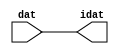

//------> /package/eda/mg/Catapult_10.3d/Mgc_home/pkgs/siflibs/ccs_in_v1.v 
//------------------------------------------------------------------------------
// Catapult Synthesis - Sample I/O Port Library
//
// Copyright (c) 2003-2017 Mentor Graphics Corp.
//       All Rights Reserved
//
// This document may be used and distributed without restriction provided that
// this copyright statement is not removed from the file and that any derivative
// work contains this copyright notice.
//
// The design information contained in this file is intended to be an example
// of the functionality which the end user may study in preparation for creating
// their own custom interfaces. This design does not necessarily present a 
// complete implementation of the named protocol or standard.
//
//------------------------------------------------------------------------------


module ccs_in_v1 (idat, dat);

  parameter integer rscid = 1;
  parameter integer width = 8;

  output [width-1:0] idat;
  input  [width-1:0] dat;

  wire   [width-1:0] idat;

  assign idat = dat;

endmodule


//------> /package/eda/mg/Catapult_10.3d/Mgc_home/pkgs/siflibs/ccs_out_v1.v 
//------------------------------------------------------------------------------
// Catapult Synthesis - Sample I/O Port Library
//
// Copyright (c) 2003-2015 Mentor Graphics Corp.
//       All Rights Reserved
//
// This document may be used and distributed without restriction provided that
// this copyright statement is not removed from the file and that any derivative
// work contains this copyright notice.
//
// The design information contained in this file is intended to be an example
// of the functionality which the end user may study in preparation for creating
// their own custom interfaces. This design does not necessarily present a 
// complete implementation of the named protocol or standard.
//
//------------------------------------------------------------------------------

module ccs_out_v1 (dat, idat);

  parameter integer rscid = 1;
  parameter integer width = 8;

  output   [width-1:0] dat;
  input    [width-1:0] idat;

  wire     [width-1:0] dat;

  assign dat = idat;

endmodule




//------> /package/eda/mg/Catapult_10.3d/Mgc_home/pkgs/siflibs/mgc_io_sync_v2.v 
//------------------------------------------------------------------------------
// Catapult Synthesis - Sample I/O Port Library
//
// Copyright (c) 2003-2017 Mentor Graphics Corp.
//       All Rights Reserved
//
// This document may be used and distributed without restriction provided that
// this copyright statement is not removed from the file and that any derivative
// work contains this copyright notice.
//
// The design information contained in this file is intended to be an example
// of the functionality which the end user may study in preparation for creating
// their own custom interfaces. This design does not necessarily present a 
// complete implementation of the named protocol or standard.
//
//------------------------------------------------------------------------------


module mgc_io_sync_v2 (ld, lz);
    parameter valid = 0;

    input  ld;
    output lz;

    wire   lz;

    assign lz = ld;

endmodule


//------> ./rtl.v 
// ----------------------------------------------------------------------
//  HLS HDL:        Verilog Netlister
//  HLS Version:    10.3d/815731 Production Release
//  HLS Date:       Wed Apr 24 14:54:19 PDT 2019
// 
//  Generated by:   695r48@cparch23.ecn.purdue.edu
//  Generated date: Tue Nov  9 15:15:36 2021
// ----------------------------------------------------------------------

// 
// ------------------------------------------------------------------
//  Design Unit:    fir_Altera_DIST_DIST_1R1W_RBW_rport_1_16_5_32_32_16_gen
// ------------------------------------------------------------------


module fir_Altera_DIST_DIST_1R1W_RBW_rport_1_16_5_32_32_16_gen (
  q, radr, radr_d, q_d, rport_r_ram_ir_internal_RMASK_B_d
);
  input [15:0] q;
  output [4:0] radr;
  input [4:0] radr_d;
  output [15:0] q_d;
  input rport_r_ram_ir_internal_RMASK_B_d;



  // Interconnect Declarations for Component Instantiations 
  assign q_d = q;
  assign radr = (radr_d);
endmodule

// ------------------------------------------------------------------
//  Design Unit:    fir_core_core_fsm
//  FSM Module
// ------------------------------------------------------------------


module fir_core_core_fsm (
  clk, rst, fsm_output, MAC_C_12_tr0
);
  input clk;
  input rst;
  output [14:0] fsm_output;
  reg [14:0] fsm_output;
  input MAC_C_12_tr0;


  // FSM State Type Declaration for fir_core_core_fsm_1
  parameter
    main_C_0 = 4'd0,
    MAC_C_0 = 4'd1,
    MAC_C_1 = 4'd2,
    MAC_C_2 = 4'd3,
    MAC_C_3 = 4'd4,
    MAC_C_4 = 4'd5,
    MAC_C_5 = 4'd6,
    MAC_C_6 = 4'd7,
    MAC_C_7 = 4'd8,
    MAC_C_8 = 4'd9,
    MAC_C_9 = 4'd10,
    MAC_C_10 = 4'd11,
    MAC_C_11 = 4'd12,
    MAC_C_12 = 4'd13,
    main_C_1 = 4'd14;

  reg [3:0] state_var;
  reg [3:0] state_var_NS;


  // Interconnect Declarations for Component Instantiations 
  always @(*)
  begin : fir_core_core_fsm_1
    case (state_var)
      MAC_C_0 : begin
        fsm_output = 15'b000000000000010;
        state_var_NS = MAC_C_1;
      end
      MAC_C_1 : begin
        fsm_output = 15'b000000000000100;
        state_var_NS = MAC_C_2;
      end
      MAC_C_2 : begin
        fsm_output = 15'b000000000001000;
        state_var_NS = MAC_C_3;
      end
      MAC_C_3 : begin
        fsm_output = 15'b000000000010000;
        state_var_NS = MAC_C_4;
      end
      MAC_C_4 : begin
        fsm_output = 15'b000000000100000;
        state_var_NS = MAC_C_5;
      end
      MAC_C_5 : begin
        fsm_output = 15'b000000001000000;
        state_var_NS = MAC_C_6;
      end
      MAC_C_6 : begin
        fsm_output = 15'b000000010000000;
        state_var_NS = MAC_C_7;
      end
      MAC_C_7 : begin
        fsm_output = 15'b000000100000000;
        state_var_NS = MAC_C_8;
      end
      MAC_C_8 : begin
        fsm_output = 15'b000001000000000;
        state_var_NS = MAC_C_9;
      end
      MAC_C_9 : begin
        fsm_output = 15'b000010000000000;
        state_var_NS = MAC_C_10;
      end
      MAC_C_10 : begin
        fsm_output = 15'b000100000000000;
        state_var_NS = MAC_C_11;
      end
      MAC_C_11 : begin
        fsm_output = 15'b001000000000000;
        state_var_NS = MAC_C_12;
      end
      MAC_C_12 : begin
        fsm_output = 15'b010000000000000;
        if ( MAC_C_12_tr0 ) begin
          state_var_NS = main_C_1;
        end
        else begin
          state_var_NS = MAC_C_0;
        end
      end
      main_C_1 : begin
        fsm_output = 15'b100000000000000;
        state_var_NS = main_C_0;
      end
      // main_C_0
      default : begin
        fsm_output = 15'b000000000000001;
        state_var_NS = MAC_C_0;
      end
    endcase
  end

  always @(posedge clk) begin
    if ( rst ) begin
      state_var <= main_C_0;
    end
    else begin
      state_var <= state_var_NS;
    end
  end

endmodule

// ------------------------------------------------------------------
//  Design Unit:    fir_core
// ------------------------------------------------------------------


module fir_core (
  clk, rst, coeffs_rsc_triosy_lz, in1_rsc_dat, in1_rsc_triosy_lz, out1_rsc_dat, out1_rsc_triosy_lz,
      coeffs_rsci_radr_d, coeffs_rsci_q_d, coeffs_rsci_rport_r_ram_ir_internal_RMASK_B_d
);
  input clk;
  input rst;
  output coeffs_rsc_triosy_lz;
  input [15:0] in1_rsc_dat;
  output in1_rsc_triosy_lz;
  output [15:0] out1_rsc_dat;
  output out1_rsc_triosy_lz;
  output [4:0] coeffs_rsci_radr_d;
  input [15:0] coeffs_rsci_q_d;
  output coeffs_rsci_rport_r_ram_ir_internal_RMASK_B_d;


  // Interconnect Declarations
  wire [15:0] in1_rsci_idat;
  reg [15:0] out1_rsci_idat;
  wire [14:0] fsm_output;
  wire [5:0] MAC_10_acc_2_tmp;
  wire [6:0] nl_MAC_10_acc_2_tmp;
  wire and_dcpl_5;
  wire and_dcpl_13;
  reg [5:0] MAC_i_5_0_sva;
  wire acc_or_cse;
  reg reg_out1_rsc_triosy_obj_ld_cse;
  wire reg_out1_out1_and_cse;
  reg [4:0] MAC_11_acc_2_itm;
  reg MAC_i_4_0_sva_1;
  reg MAC_i_4_0_sva_0;
  reg [4:0] MAC_3_acc_2_psp_sva;
  reg [4:0] MAC_6_acc_2_psp_sva;
  reg [4:0] MAC_5_acc_2_psp_sva;
  reg [4:0] MAC_4_acc_2_psp_sva;
  reg [4:0] MAC_8_acc_2_psp_sva;
  reg [4:0] MAC_7_acc_2_psp_sva;
  wire [29:0] z_out;
  wire [30:0] nl_z_out;
  wire [4:0] z_out_1;
  wire [5:0] nl_z_out_1;
  wire [4:0] z_out_2;
  wire [5:0] nl_z_out_2;
  wire [4:0] z_out_3;
  wire [5:0] nl_z_out_3;
  wire [15:0] z_out_4;
  wire [15:0] z_out_5;
  wire [29:0] z_out_6;
  wire signed [31:0] nl_z_out_6;
  wire [29:0] z_out_8;
  wire signed [31:0] nl_z_out_8;
  wire [29:0] z_out_9;
  wire signed [31:0] nl_z_out_9;
  wire [29:0] z_out_10;
  wire signed [31:0] nl_z_out_10;
  reg [15:0] regs_15_sva;
  reg [15:0] regs_16_sva;
  reg [15:0] regs_14_sva;
  reg [15:0] regs_17_sva;
  reg [15:0] regs_13_sva;
  reg [15:0] regs_18_sva;
  reg [15:0] regs_12_sva;
  reg [15:0] regs_19_sva;
  reg [15:0] regs_11_sva;
  reg [15:0] regs_20_sva;
  reg [15:0] regs_10_sva;
  reg [15:0] regs_21_sva;
  reg [15:0] regs_9_sva;
  reg [15:0] regs_22_sva;
  reg [15:0] regs_8_sva;
  reg [15:0] regs_23_sva;
  reg [15:0] regs_7_sva;
  reg [15:0] regs_24_sva;
  reg [15:0] regs_6_sva;
  reg [15:0] regs_25_sva;
  reg [15:0] regs_5_sva;
  reg [15:0] regs_26_sva;
  reg [15:0] regs_4_sva;
  reg [15:0] regs_27_sva;
  reg [15:0] regs_3_sva;
  reg [15:0] regs_28_sva;
  reg [15:0] regs_2_sva;
  reg [15:0] regs_29_sva;
  reg [15:0] regs_1_sva;
  reg [15:0] regs_30_sva;
  reg [15:0] regs_0_sva;
  reg [29:0] acc_32_3_1_sva;
  reg [15:0] regs_30_sva_1;
  reg [15:0] regs_29_sva_1;
  reg [15:0] regs_28_sva_1;
  reg [15:0] regs_27_sva_1;
  reg [15:0] regs_26_sva_1;
  reg [15:0] regs_25_sva_1;
  reg [15:0] regs_24_sva_1;
  reg [15:0] regs_23_sva_1;
  reg [15:0] regs_22_sva_1;
  reg [15:0] regs_21_sva_1;
  reg [15:0] regs_20_sva_1;
  reg [15:0] regs_19_sva_1;
  reg [15:0] regs_18_sva_1;
  reg [15:0] regs_17_sva_1;
  reg [15:0] regs_16_sva_1;
  reg [15:0] regs_15_sva_1;
  reg [15:0] regs_14_sva_1;
  reg [15:0] regs_13_sva_1;
  reg [15:0] regs_12_sva_1;
  reg [15:0] regs_11_sva_1;
  reg [15:0] regs_10_sva_1;
  reg [15:0] regs_9_sva_1;
  reg [15:0] regs_8_sva_1;
  reg [15:0] regs_7_sva_1;
  reg [15:0] regs_6_sva_1;
  reg [15:0] regs_5_sva_1;
  reg [15:0] regs_4_sva_1;
  reg [15:0] regs_3_sva_1;
  reg [15:0] regs_2_sva_1;
  reg [15:0] regs_1_sva_1;
  reg [15:0] regs_0_sva_1;
  reg [15:0] MAC_mux_itm;
  reg [15:0] MAC_mux_1_itm;
  reg [29:0] MAC_acc_4_itm;
  reg [15:0] MAC_mux_2_itm;
  reg [15:0] MAC_mux_3_itm;
  reg [15:0] MAC_mux_4_itm;
  reg [15:0] MAC_mux_5_itm;
  reg [29:0] MAC_10_mul_itm;
  reg [15:0] MAC_mux_6_itm;
  reg [29:0] MAC_1_mul_itm;
  reg [29:0] MAC_3_mul_itm;
  reg [15:0] MAC_mux_9_itm;
  reg [29:0] MAC_acc_9_itm;
  wire [30:0] nl_MAC_acc_9_itm;
  reg [15:0] MAC_mux_10_itm;
  wire [4:0] MAC_3_acc_2_psp_sva_mx0w0;
  wire [5:0] nl_MAC_3_acc_2_psp_sva_mx0w0;
  wire [4:0] MAC_11_acc_2_itm_1;
  wire [5:0] nl_MAC_11_acc_2_itm_1;
  wire [4:0] MAC_7_acc_2_psp_sva_mx0w0;
  wire [5:0] nl_MAC_7_acc_2_psp_sva_mx0w0;
  wire [29:0] MAC_acc_12;
  wire [30:0] nl_MAC_acc_12;
  wire [4:0] MAC_MAC_mux_rgt;
  reg [1:0] MAC_9_acc_2_psp_sva_4_3;
  reg [2:0] MAC_9_acc_2_psp_sva_2_0;

  wire[29:0] MAC_11_acc_1_nl;
  wire[30:0] nl_MAC_11_acc_1_nl;
  wire[2:0] MAC_i_MAC_i_and_nl;
  wire[0:0] or_nl;
  wire[0:0] or_164_nl;
  wire[0:0] MAC_and_3_nl;
  wire[0:0] MAC_and_4_nl;
  wire[0:0] MAC_and_5_nl;
  wire[0:0] MAC_and_6_nl;
  wire[0:0] MAC_and_7_nl;
  wire[0:0] MAC_and_8_nl;
  wire[0:0] MAC_and_nl;
  wire[0:0] MAC_and_1_nl;
  wire[0:0] MAC_and_2_nl;
  wire[0:0] MAC_and_9_nl;
  wire[0:0] MAC_and_10_nl;
  wire[0:0] MAC_and_11_nl;
  wire[29:0] mul_1_nl;
  wire signed [31:0] nl_mul_1_nl;
  wire[0:0] MAC_or_7_nl;
  wire[29:0] MAC_acc_10_nl;
  wire[30:0] nl_MAC_acc_10_nl;
  wire[29:0] MAC_acc_nl;
  wire[30:0] nl_MAC_acc_nl;
  wire[29:0] MAC_acc_8_nl;
  wire[30:0] nl_MAC_acc_8_nl;
  wire[29:0] MAC_mux_39_nl;
  wire[4:0] MAC_mux_40_nl;
  wire[4:0] MAC_mux1h_23_nl;
  wire[15:0] MAC_mux_41_nl;
  wire[15:0] MAC_mux_42_nl;
  wire[15:0] MAC_mux_43_nl;
  wire[15:0] MAC_mux_44_nl;
  wire[0:0] or_241_nl;
  wire[4:0] MAC_mux1h_24_nl;
  wire[4:0] MAC_mux1h_25_nl;

  // Interconnect Declarations for Component Instantiations 
  wire [0:0] nl_fir_core_core_fsm_inst_MAC_C_12_tr0;
  assign nl_fir_core_core_fsm_inst_MAC_C_12_tr0 = MAC_i_5_0_sva[5];
  ccs_in_v1 #(.rscid(32'sd2),
  .width(32'sd16)) in1_rsci (
      .dat(in1_rsc_dat),
      .idat(in1_rsci_idat)
    );
  ccs_out_v1 #(.rscid(32'sd3),
  .width(32'sd16)) out1_rsci (
      .idat(out1_rsci_idat),
      .dat(out1_rsc_dat)
    );
  mgc_io_sync_v2 #(.valid(32'sd0)) coeffs_rsc_triosy_obj (
      .ld(reg_out1_rsc_triosy_obj_ld_cse),
      .lz(coeffs_rsc_triosy_lz)
    );
  mgc_io_sync_v2 #(.valid(32'sd0)) in1_rsc_triosy_obj (
      .ld(reg_out1_rsc_triosy_obj_ld_cse),
      .lz(in1_rsc_triosy_lz)
    );
  mgc_io_sync_v2 #(.valid(32'sd0)) out1_rsc_triosy_obj (
      .ld(reg_out1_rsc_triosy_obj_ld_cse),
      .lz(out1_rsc_triosy_lz)
    );
  fir_core_core_fsm fir_core_core_fsm_inst (
      .clk(clk),
      .rst(rst),
      .fsm_output(fsm_output),
      .MAC_C_12_tr0(nl_fir_core_core_fsm_inst_MAC_C_12_tr0[0:0])
    );
  assign reg_out1_out1_and_cse = (fsm_output[13]) & (MAC_i_5_0_sva[5]);
  assign acc_or_cse = (fsm_output[0]) | (fsm_output[13]);
  assign or_nl = (fsm_output[2]) | (fsm_output[1]) | (fsm_output[13]);
  assign MAC_i_MAC_i_and_nl = MUX_v_3_2_2(3'b000, (MAC_11_acc_2_itm[4:2]), (or_nl));
  assign or_164_nl = (fsm_output[0]) | (fsm_output[2]) | (fsm_output[1]) | (fsm_output[13]);
  assign MAC_MAC_mux_rgt = MUX_v_5_2_2(z_out_3, ({2'b00 , (MAC_i_MAC_i_and_nl)}),
      or_164_nl);
  assign nl_MAC_3_acc_2_psp_sva_mx0w0 = z_out_2 + 5'b00001;
  assign MAC_3_acc_2_psp_sva_mx0w0 = nl_MAC_3_acc_2_psp_sva_mx0w0[4:0];
  assign nl_MAC_11_acc_2_itm_1 = (MAC_10_acc_2_tmp[4:0]) + 5'b00001;
  assign MAC_11_acc_2_itm_1 = nl_MAC_11_acc_2_itm_1[4:0];
  assign nl_MAC_7_acc_2_psp_sva_mx0w0 = z_out_2 + 5'b00001;
  assign MAC_7_acc_2_psp_sva_mx0w0 = nl_MAC_7_acc_2_psp_sva_mx0w0[4:0];
  assign nl_MAC_10_acc_2_tmp = conv_u2s_5_6(z_out_3) + 6'b000001;
  assign MAC_10_acc_2_tmp = nl_MAC_10_acc_2_tmp[5:0];
  assign nl_MAC_acc_12 = MAC_3_mul_itm + MAC_10_mul_itm;
  assign MAC_acc_12 = nl_MAC_acc_12[29:0];
  assign and_dcpl_5 = ~((fsm_output[14]) | (fsm_output[0]));
  assign and_dcpl_13 = ~((fsm_output[1]) | (fsm_output[3]) | (fsm_output[13]));
  assign coeffs_rsci_radr_d = MUX1HOT_v_5_11_2(z_out_2, MAC_11_acc_2_itm, ({MAC_9_acc_2_psp_sva_2_0
      , MAC_i_4_0_sva_1 , MAC_i_4_0_sva_0}), MAC_3_acc_2_psp_sva, MAC_6_acc_2_psp_sva,
      MAC_5_acc_2_psp_sva, MAC_4_acc_2_psp_sva, ({MAC_9_acc_2_psp_sva_4_3 , MAC_9_acc_2_psp_sva_2_0}),
      MAC_8_acc_2_psp_sva, MAC_7_acc_2_psp_sva, (MAC_i_5_0_sva[4:0]), {(fsm_output[1])
      , (fsm_output[2]) , (fsm_output[3]) , (fsm_output[4]) , (fsm_output[5]) , (fsm_output[6])
      , (fsm_output[7]) , (fsm_output[8]) , (fsm_output[9]) , (fsm_output[10]) ,
      (fsm_output[11])});
  assign coeffs_rsci_rport_r_ram_ir_internal_RMASK_B_d = and_dcpl_5 & (fsm_output[13:12]==2'b00);
  always @(posedge clk) begin
    if ( rst ) begin
      out1_rsci_idat <= 16'b0000000000000000;
      regs_8_sva <= 16'b0000000000000000;
      regs_19_sva <= 16'b0000000000000000;
      regs_30_sva <= 16'b0000000000000000;
      regs_7_sva <= 16'b0000000000000000;
      regs_18_sva <= 16'b0000000000000000;
      regs_29_sva <= 16'b0000000000000000;
      regs_6_sva <= 16'b0000000000000000;
      regs_17_sva <= 16'b0000000000000000;
      regs_28_sva <= 16'b0000000000000000;
      regs_5_sva <= 16'b0000000000000000;
      regs_16_sva <= 16'b0000000000000000;
      regs_27_sva <= 16'b0000000000000000;
      regs_4_sva <= 16'b0000000000000000;
      regs_15_sva <= 16'b0000000000000000;
      regs_26_sva <= 16'b0000000000000000;
      regs_3_sva <= 16'b0000000000000000;
      regs_14_sva <= 16'b0000000000000000;
      regs_25_sva <= 16'b0000000000000000;
      regs_2_sva <= 16'b0000000000000000;
      regs_13_sva <= 16'b0000000000000000;
      regs_24_sva <= 16'b0000000000000000;
      regs_1_sva <= 16'b0000000000000000;
      regs_12_sva <= 16'b0000000000000000;
      regs_23_sva <= 16'b0000000000000000;
      regs_0_sva <= 16'b0000000000000000;
      regs_11_sva <= 16'b0000000000000000;
      regs_22_sva <= 16'b0000000000000000;
      regs_10_sva <= 16'b0000000000000000;
      regs_21_sva <= 16'b0000000000000000;
      regs_20_sva <= 16'b0000000000000000;
      regs_9_sva <= 16'b0000000000000000;
    end
    else if ( reg_out1_out1_and_cse ) begin
      out1_rsci_idat <= z_out[29:14];
      regs_8_sva <= regs_8_sva_1;
      regs_19_sva <= regs_19_sva_1;
      regs_30_sva <= regs_30_sva_1;
      regs_7_sva <= regs_7_sva_1;
      regs_18_sva <= regs_18_sva_1;
      regs_29_sva <= regs_29_sva_1;
      regs_6_sva <= regs_6_sva_1;
      regs_17_sva <= regs_17_sva_1;
      regs_28_sva <= regs_28_sva_1;
      regs_5_sva <= regs_5_sva_1;
      regs_16_sva <= regs_16_sva_1;
      regs_27_sva <= regs_27_sva_1;
      regs_4_sva <= regs_4_sva_1;
      regs_15_sva <= regs_15_sva_1;
      regs_26_sva <= regs_26_sva_1;
      regs_3_sva <= regs_3_sva_1;
      regs_14_sva <= regs_14_sva_1;
      regs_25_sva <= regs_25_sva_1;
      regs_2_sva <= regs_2_sva_1;
      regs_13_sva <= regs_13_sva_1;
      regs_24_sva <= regs_24_sva_1;
      regs_1_sva <= regs_1_sva_1;
      regs_12_sva <= regs_12_sva_1;
      regs_23_sva <= regs_23_sva_1;
      regs_0_sva <= regs_0_sva_1;
      regs_11_sva <= regs_11_sva_1;
      regs_22_sva <= regs_22_sva_1;
      regs_10_sva <= regs_10_sva_1;
      regs_21_sva <= regs_21_sva_1;
      regs_20_sva <= regs_20_sva_1;
      regs_9_sva <= regs_9_sva_1;
    end
  end
  always @(posedge clk) begin
    if ( rst ) begin
      acc_32_3_1_sva <= 30'b000000000000000000000000000000;
      MAC_i_4_0_sva_1 <= 1'b0;
      MAC_i_4_0_sva_0 <= 1'b0;
    end
    else if ( acc_or_cse ) begin
      acc_32_3_1_sva <= MUX_v_30_2_2(30'b000000000000000000000000000000, (MAC_11_acc_1_nl),
          (fsm_output[13]));
      MAC_i_4_0_sva_1 <= fsm_output[13];
      MAC_i_4_0_sva_0 <= (MAC_11_acc_2_itm[0]) & (fsm_output[13]);
    end
  end
  always @(posedge clk) begin
    if ( rst ) begin
      regs_0_sva_1 <= 16'b0000000000000000;
    end
    else if ( ~ and_dcpl_5 ) begin
      regs_0_sva_1 <= in1_rsci_idat;
    end
  end
  always @(posedge clk) begin
    if ( rst ) begin
      reg_out1_rsc_triosy_obj_ld_cse <= 1'b0;
      MAC_1_mul_itm <= 30'b000000000000000000000000000000;
    end
    else begin
      reg_out1_rsc_triosy_obj_ld_cse <= reg_out1_out1_and_cse;
      MAC_1_mul_itm <= MUX1HOT_v_30_6_2(z_out_10, z_out, z_out_9, z_out_8, (MAC_acc_10_nl),
          (MAC_acc_nl), {(fsm_output[4]) , (fsm_output[5]) , (fsm_output[8]) , (fsm_output[10])
          , (fsm_output[11]) , (fsm_output[12])});
    end
  end
  always @(posedge clk) begin
    if ( rst ) begin
      regs_30_sva_1 <= 16'b0000000000000000;
    end
    else if ( ~ and_dcpl_5 ) begin
      regs_30_sva_1 <= regs_29_sva;
    end
  end
  always @(posedge clk) begin
    if ( rst ) begin
      regs_29_sva_1 <= 16'b0000000000000000;
    end
    else if ( ~ and_dcpl_5 ) begin
      regs_29_sva_1 <= regs_28_sva;
    end
  end
  always @(posedge clk) begin
    if ( rst ) begin
      regs_28_sva_1 <= 16'b0000000000000000;
    end
    else if ( ~ and_dcpl_5 ) begin
      regs_28_sva_1 <= regs_27_sva;
    end
  end
  always @(posedge clk) begin
    if ( rst ) begin
      regs_27_sva_1 <= 16'b0000000000000000;
    end
    else if ( ~ and_dcpl_5 ) begin
      regs_27_sva_1 <= regs_26_sva;
    end
  end
  always @(posedge clk) begin
    if ( rst ) begin
      regs_26_sva_1 <= 16'b0000000000000000;
    end
    else if ( ~ and_dcpl_5 ) begin
      regs_26_sva_1 <= regs_25_sva;
    end
  end
  always @(posedge clk) begin
    if ( rst ) begin
      regs_25_sva_1 <= 16'b0000000000000000;
    end
    else if ( ~ and_dcpl_5 ) begin
      regs_25_sva_1 <= regs_24_sva;
    end
  end
  always @(posedge clk) begin
    if ( rst ) begin
      regs_24_sva_1 <= 16'b0000000000000000;
    end
    else if ( ~ and_dcpl_5 ) begin
      regs_24_sva_1 <= regs_23_sva;
    end
  end
  always @(posedge clk) begin
    if ( rst ) begin
      regs_23_sva_1 <= 16'b0000000000000000;
    end
    else if ( ~ and_dcpl_5 ) begin
      regs_23_sva_1 <= regs_22_sva;
    end
  end
  always @(posedge clk) begin
    if ( rst ) begin
      regs_22_sva_1 <= 16'b0000000000000000;
    end
    else if ( ~ and_dcpl_5 ) begin
      regs_22_sva_1 <= regs_21_sva;
    end
  end
  always @(posedge clk) begin
    if ( rst ) begin
      regs_21_sva_1 <= 16'b0000000000000000;
    end
    else if ( ~ and_dcpl_5 ) begin
      regs_21_sva_1 <= regs_20_sva;
    end
  end
  always @(posedge clk) begin
    if ( rst ) begin
      regs_20_sva_1 <= 16'b0000000000000000;
    end
    else if ( ~ and_dcpl_5 ) begin
      regs_20_sva_1 <= regs_19_sva;
    end
  end
  always @(posedge clk) begin
    if ( rst ) begin
      regs_19_sva_1 <= 16'b0000000000000000;
    end
    else if ( ~ and_dcpl_5 ) begin
      regs_19_sva_1 <= regs_18_sva;
    end
  end
  always @(posedge clk) begin
    if ( rst ) begin
      regs_18_sva_1 <= 16'b0000000000000000;
    end
    else if ( ~ and_dcpl_5 ) begin
      regs_18_sva_1 <= regs_17_sva;
    end
  end
  always @(posedge clk) begin
    if ( rst ) begin
      regs_17_sva_1 <= 16'b0000000000000000;
    end
    else if ( ~ and_dcpl_5 ) begin
      regs_17_sva_1 <= regs_16_sva;
    end
  end
  always @(posedge clk) begin
    if ( rst ) begin
      regs_16_sva_1 <= 16'b0000000000000000;
    end
    else if ( ~ and_dcpl_5 ) begin
      regs_16_sva_1 <= regs_15_sva;
    end
  end
  always @(posedge clk) begin
    if ( rst ) begin
      regs_15_sva_1 <= 16'b0000000000000000;
    end
    else if ( ~ and_dcpl_5 ) begin
      regs_15_sva_1 <= regs_14_sva;
    end
  end
  always @(posedge clk) begin
    if ( rst ) begin
      regs_14_sva_1 <= 16'b0000000000000000;
    end
    else if ( ~ and_dcpl_5 ) begin
      regs_14_sva_1 <= regs_13_sva;
    end
  end
  always @(posedge clk) begin
    if ( rst ) begin
      regs_13_sva_1 <= 16'b0000000000000000;
    end
    else if ( ~ and_dcpl_5 ) begin
      regs_13_sva_1 <= regs_12_sva;
    end
  end
  always @(posedge clk) begin
    if ( rst ) begin
      regs_12_sva_1 <= 16'b0000000000000000;
    end
    else if ( ~ and_dcpl_5 ) begin
      regs_12_sva_1 <= regs_11_sva;
    end
  end
  always @(posedge clk) begin
    if ( rst ) begin
      regs_11_sva_1 <= 16'b0000000000000000;
    end
    else if ( ~ and_dcpl_5 ) begin
      regs_11_sva_1 <= regs_10_sva;
    end
  end
  always @(posedge clk) begin
    if ( rst ) begin
      regs_10_sva_1 <= 16'b0000000000000000;
    end
    else if ( ~ and_dcpl_5 ) begin
      regs_10_sva_1 <= regs_9_sva;
    end
  end
  always @(posedge clk) begin
    if ( rst ) begin
      regs_9_sva_1 <= 16'b0000000000000000;
    end
    else if ( ~ and_dcpl_5 ) begin
      regs_9_sva_1 <= regs_8_sva;
    end
  end
  always @(posedge clk) begin
    if ( rst ) begin
      regs_8_sva_1 <= 16'b0000000000000000;
    end
    else if ( ~ and_dcpl_5 ) begin
      regs_8_sva_1 <= regs_7_sva;
    end
  end
  always @(posedge clk) begin
    if ( rst ) begin
      regs_7_sva_1 <= 16'b0000000000000000;
    end
    else if ( ~ and_dcpl_5 ) begin
      regs_7_sva_1 <= regs_6_sva;
    end
  end
  always @(posedge clk) begin
    if ( rst ) begin
      regs_6_sva_1 <= 16'b0000000000000000;
    end
    else if ( ~ and_dcpl_5 ) begin
      regs_6_sva_1 <= regs_5_sva;
    end
  end
  always @(posedge clk) begin
    if ( rst ) begin
      regs_5_sva_1 <= 16'b0000000000000000;
    end
    else if ( ~ and_dcpl_5 ) begin
      regs_5_sva_1 <= regs_4_sva;
    end
  end
  always @(posedge clk) begin
    if ( rst ) begin
      regs_4_sva_1 <= 16'b0000000000000000;
    end
    else if ( ~ and_dcpl_5 ) begin
      regs_4_sva_1 <= regs_3_sva;
    end
  end
  always @(posedge clk) begin
    if ( rst ) begin
      regs_3_sva_1 <= 16'b0000000000000000;
    end
    else if ( ~ and_dcpl_5 ) begin
      regs_3_sva_1 <= regs_2_sva;
    end
  end
  always @(posedge clk) begin
    if ( rst ) begin
      regs_2_sva_1 <= 16'b0000000000000000;
    end
    else if ( ~ and_dcpl_5 ) begin
      regs_2_sva_1 <= regs_1_sva;
    end
  end
  always @(posedge clk) begin
    if ( rst ) begin
      regs_1_sva_1 <= 16'b0000000000000000;
    end
    else if ( ~ and_dcpl_5 ) begin
      regs_1_sva_1 <= regs_0_sva;
    end
  end
  always @(posedge clk) begin
    if ( rst ) begin
      MAC_9_acc_2_psp_sva_4_3 <= 2'b00;
    end
    else if ( (fsm_output[1]) | (fsm_output[2]) | (fsm_output[13]) | (fsm_output[0])
        | (fsm_output[3]) ) begin
      MAC_9_acc_2_psp_sva_4_3 <= MAC_MAC_mux_rgt[4:3];
    end
  end
  always @(posedge clk) begin
    if ( rst ) begin
      MAC_9_acc_2_psp_sva_2_0 <= 3'b000;
    end
    else if ( (fsm_output[0]) | (fsm_output[3]) | (fsm_output[13]) ) begin
      MAC_9_acc_2_psp_sva_2_0 <= MAC_MAC_mux_rgt[2:0];
    end
  end
  always @(posedge clk) begin
    if ( rst ) begin
      MAC_4_acc_2_psp_sva <= 5'b00000;
    end
    else if ( fsm_output[1] ) begin
      MAC_4_acc_2_psp_sva <= z_out_1;
    end
  end
  always @(posedge clk) begin
    if ( rst ) begin
      MAC_mux_9_itm <= 16'b0000000000000000;
    end
    else if ( fsm_output[1] ) begin
      MAC_mux_9_itm <= z_out_4;
    end
  end
  always @(posedge clk) begin
    if ( rst ) begin
      MAC_3_acc_2_psp_sva <= 5'b00000;
    end
    else if ( fsm_output[1] ) begin
      MAC_3_acc_2_psp_sva <= MAC_3_acc_2_psp_sva_mx0w0;
    end
  end
  always @(posedge clk) begin
    if ( rst ) begin
      MAC_mux_6_itm <= 16'b0000000000000000;
    end
    else if ( fsm_output[1] ) begin
      MAC_mux_6_itm <= z_out_5;
    end
  end
  always @(posedge clk) begin
    if ( rst ) begin
      MAC_11_acc_2_itm <= 5'b00000;
    end
    else if ( ~(and_dcpl_5 & (~ (fsm_output[2])) & and_dcpl_13) ) begin
      MAC_11_acc_2_itm <= MUX_v_5_2_2(z_out_3, ({(MAC_11_acc_2_itm_1[4:2]) , 1'b1
          , (MAC_11_acc_2_itm_1[0])}), fsm_output[3]);
    end
  end
  always @(posedge clk) begin
    if ( rst ) begin
      MAC_mux_1_itm <= 16'b0000000000000000;
    end
    else if ( (fsm_output[2:1]!=2'b00) ) begin
      MAC_mux_1_itm <= MUX1HOT_v_16_6_2(regs_1_sva, regs_12_sva, regs_23_sva, regs_4_sva,
          regs_15_sva, regs_26_sva, {(MAC_and_3_nl) , (MAC_and_4_nl) , (MAC_and_5_nl)
          , (MAC_and_6_nl) , (MAC_and_7_nl) , (MAC_and_8_nl)});
    end
  end
  always @(posedge clk) begin
    if ( rst ) begin
      MAC_mux_10_itm <= 16'b0000000000000000;
    end
    else if ( ~(and_dcpl_5 & (~ (fsm_output[12])) & and_dcpl_13) ) begin
      MAC_mux_10_itm <= MUX1HOT_v_16_6_2(regs_0_sva, regs_11_sva, regs_22_sva, regs_15_sva,
          regs_20_sva, regs_9_sva, {(MAC_and_nl) , (MAC_and_1_nl) , (MAC_and_2_nl)
          , (MAC_and_9_nl) , (MAC_and_10_nl) , (MAC_and_11_nl)});
    end
  end
  always @(posedge clk) begin
    if ( rst ) begin
      MAC_mux_3_itm <= 16'b0000000000000000;
    end
    else if ( fsm_output[2] ) begin
      MAC_mux_3_itm <= z_out_4;
    end
  end
  always @(posedge clk) begin
    if ( rst ) begin
      MAC_7_acc_2_psp_sva <= 5'b00000;
    end
    else if ( fsm_output[2] ) begin
      MAC_7_acc_2_psp_sva <= MAC_7_acc_2_psp_sva_mx0w0;
    end
  end
  always @(posedge clk) begin
    if ( rst ) begin
      MAC_8_acc_2_psp_sva <= 5'b00000;
    end
    else if ( fsm_output[2] ) begin
      MAC_8_acc_2_psp_sva <= z_out_1;
    end
  end
  always @(posedge clk) begin
    if ( rst ) begin
      MAC_mux_itm <= 16'b0000000000000000;
    end
    else if ( fsm_output[2] ) begin
      MAC_mux_itm <= MUX_v_16_27_2x0x1x2x3x5x6x7x8x9x10x11x12x13x14x16x17x18x19x20x21x22x23x24x25(regs_3_sva,
          regs_14_sva, regs_25_sva, MAC_4_acc_2_psp_sva);
    end
  end
  always @(posedge clk) begin
    if ( rst ) begin
      MAC_3_mul_itm <= 30'b000000000000000000000000000000;
    end
    else if ( (fsm_output[6]) | (fsm_output[2]) ) begin
      MAC_3_mul_itm <= MUX_v_30_2_2(z_out_10, z_out_6, fsm_output[6]);
    end
  end
  always @(posedge clk) begin
    if ( rst ) begin
      MAC_mux_2_itm <= 16'b0000000000000000;
    end
    else if ( fsm_output[2] ) begin
      MAC_mux_2_itm <= z_out_5;
    end
  end
  always @(posedge clk) begin
    if ( rst ) begin
      MAC_5_acc_2_psp_sva <= 5'b00000;
    end
    else if ( fsm_output[2] ) begin
      MAC_5_acc_2_psp_sva <= z_out_3;
    end
  end
  always @(posedge clk) begin
    if ( rst ) begin
      MAC_6_acc_2_psp_sva <= 5'b00000;
    end
    else if ( fsm_output[2] ) begin
      MAC_6_acc_2_psp_sva <= z_out_2;
    end
  end
  always @(posedge clk) begin
    if ( rst ) begin
      MAC_i_5_0_sva <= 6'b000000;
    end
    else if ( fsm_output[3] ) begin
      MAC_i_5_0_sva <= MAC_10_acc_2_tmp;
    end
  end
  always @(posedge clk) begin
    if ( rst ) begin
      MAC_mux_4_itm <= 16'b0000000000000000;
    end
    else if ( fsm_output[3] ) begin
      MAC_mux_4_itm <= z_out_4;
    end
  end
  always @(posedge clk) begin
    if ( rst ) begin
      MAC_mux_5_itm <= 16'b0000000000000000;
    end
    else if ( fsm_output[3] ) begin
      MAC_mux_5_itm <= z_out_5;
    end
  end
  always @(posedge clk) begin
    if ( rst ) begin
      MAC_10_mul_itm <= 30'b000000000000000000000000000000;
    end
    else if ( (fsm_output[5]) | (fsm_output[7]) | (fsm_output[9]) | (fsm_output[11])
        | (fsm_output[12]) | (fsm_output[3]) ) begin
      MAC_10_mul_itm <= MUX1HOT_v_30_5_2((mul_1_nl), z_out_6, z_out_10, z_out_8,
          z_out_9, {(MAC_or_7_nl) , (fsm_output[5]) , (fsm_output[7]) , (fsm_output[9])
          , (fsm_output[11])});
    end
  end
  always @(posedge clk) begin
    if ( rst ) begin
      MAC_acc_9_itm <= 30'b000000000000000000000000000000;
    end
    else if ( fsm_output[6] ) begin
      MAC_acc_9_itm <= nl_MAC_acc_9_itm[29:0];
    end
  end
  always @(posedge clk) begin
    if ( rst ) begin
      MAC_acc_4_itm <= 30'b000000000000000000000000000000;
    end
    else if ( fsm_output[9] ) begin
      MAC_acc_4_itm <= z_out;
    end
  end
  assign nl_MAC_11_acc_1_nl = z_out + MAC_10_mul_itm;
  assign MAC_11_acc_1_nl = nl_MAC_11_acc_1_nl[29:0];
  assign nl_MAC_acc_10_nl = z_out + acc_32_3_1_sva;
  assign MAC_acc_10_nl = nl_MAC_acc_10_nl[29:0];
  assign nl_MAC_acc_8_nl = MAC_acc_4_itm + MAC_acc_12;
  assign MAC_acc_8_nl = nl_MAC_acc_8_nl[29:0];
  assign nl_MAC_acc_nl = (MAC_acc_8_nl) + MAC_1_mul_itm;
  assign MAC_acc_nl = nl_MAC_acc_nl[29:0];
  assign MAC_and_3_nl = (z_out_2==5'b00010) & (~ (fsm_output[2]));
  assign MAC_and_4_nl = (z_out_2==5'b01101) & (~ (fsm_output[2]));
  assign MAC_and_5_nl = (z_out_2==5'b11000) & (~ (fsm_output[2]));
  assign MAC_and_6_nl = (z_out_3==5'b00101) & (fsm_output[2]);
  assign MAC_and_7_nl = (z_out_3==5'b10000) & (fsm_output[2]);
  assign MAC_and_8_nl = (z_out_3==5'b11011) & (fsm_output[2]);
  assign MAC_and_nl = (z_out_3==5'b00001) & (fsm_output[1]);
  assign MAC_and_1_nl = (z_out_3==5'b01100) & (fsm_output[1]);
  assign MAC_and_2_nl = (z_out_3==5'b10111) & (fsm_output[1]);
  assign MAC_and_9_nl = (MAC_10_acc_2_tmp[3:0]==4'b0000) & (fsm_output[3]);
  assign MAC_and_10_nl = (MAC_10_acc_2_tmp[3:0]==4'b0101) & (fsm_output[3]);
  assign MAC_and_11_nl = (MAC_10_acc_2_tmp[3:0]==4'b1010) & (fsm_output[3]);
  assign nl_mul_1_nl = $signed(MAC_mux_10_itm) * $signed((coeffs_rsci_q_d));
  assign mul_1_nl = nl_mul_1_nl[29:0];
  assign MAC_or_7_nl = (fsm_output[3]) | (fsm_output[12]);
  assign nl_MAC_acc_9_itm  = MAC_1_mul_itm + MAC_acc_12;
  assign MAC_mux_39_nl = MUX_v_30_2_2(MAC_10_mul_itm, MAC_acc_9_itm, fsm_output[13]);
  assign nl_z_out = MAC_1_mul_itm + (MAC_mux_39_nl);
  assign z_out = nl_z_out[29:0];
  assign MAC_mux_40_nl = MUX_v_5_2_2(MAC_3_acc_2_psp_sva_mx0w0, MAC_7_acc_2_psp_sva_mx0w0,
      fsm_output[2]);
  assign nl_z_out_1 = (MAC_mux_40_nl) + 5'b00001;
  assign z_out_1 = nl_z_out_1[4:0];
  assign nl_z_out_2 = z_out_3 + 5'b00001;
  assign z_out_2 = nl_z_out_2[4:0];
  assign MAC_mux1h_23_nl = MUX1HOT_v_5_3_2(MAC_8_acc_2_psp_sva, ({MAC_9_acc_2_psp_sva_2_0
      , MAC_i_4_0_sva_1 , MAC_i_4_0_sva_0}), MAC_4_acc_2_psp_sva, {(fsm_output[3])
      , (fsm_output[1]) , (fsm_output[2])});
  assign nl_z_out_3 = (MAC_mux1h_23_nl) + 5'b00001;
  assign z_out_3 = nl_z_out_3[4:0];
  assign MAC_mux_41_nl = MUX_v_16_2_2(MAC_mux_2_itm, MAC_mux_9_itm, fsm_output[5]);
  assign nl_z_out_6 = $signed((MAC_mux_41_nl)) * $signed((coeffs_rsci_q_d));
  assign z_out_6 = nl_z_out_6[29:0];
  assign MAC_mux_42_nl = MUX_v_16_2_2(MAC_mux_5_itm, MAC_mux_4_itm, fsm_output[10]);
  assign nl_z_out_8 = $signed((MAC_mux_42_nl)) * $signed((coeffs_rsci_q_d));
  assign z_out_8 = nl_z_out_8[29:0];
  assign MAC_mux_43_nl = MUX_v_16_2_2(MAC_mux_3_itm, MAC_mux_itm, fsm_output[8]);
  assign nl_z_out_9 = $signed((MAC_mux_43_nl)) * $signed((coeffs_rsci_q_d));
  assign z_out_9 = nl_z_out_9[29:0];
  assign or_241_nl = (fsm_output[2]) | (fsm_output[7]);
  assign MAC_mux_44_nl = MUX_v_16_2_2(MAC_mux_6_itm, MAC_mux_1_itm, or_241_nl);
  assign nl_z_out_10 = $signed((MAC_mux_44_nl)) * $signed((coeffs_rsci_q_d));
  assign z_out_10 = nl_z_out_10[29:0];
  assign MAC_mux1h_24_nl = MUX1HOT_v_5_3_2(MAC_3_acc_2_psp_sva_mx0w0, MAC_7_acc_2_psp_sva_mx0w0,
      MAC_8_acc_2_psp_sva, {(fsm_output[1]) , (fsm_output[2]) , (fsm_output[3])});
  assign z_out_4 = MUX_v_16_31_2x0x1x2x4x5x6x9x10x11x12x13x15x16x17x20x21x22x23x24x26x27x28(regs_2_sva,
      regs_6_sva, regs_7_sva, regs_13_sva, regs_17_sva, regs_18_sva, regs_24_sva,
      regs_28_sva, regs_29_sva, MAC_mux1h_24_nl);
  assign MAC_mux1h_25_nl = MUX1HOT_v_5_3_2(({MAC_9_acc_2_psp_sva_2_0 , MAC_i_4_0_sva_1
      , MAC_i_4_0_sva_0}), z_out_2, z_out_3, {(fsm_output[1]) , (fsm_output[2]) ,
      (fsm_output[3])});
  assign z_out_5 = MUX_v_16_32_2x1x2x3x4x5x7x8x10x12x13x14x15x16x18x19x21x23x24x25x26x27x29x30(regs_0_sva_1,
      regs_5_sva, regs_8_sva, regs_10_sva, regs_16_sva, regs_19_sva, regs_21_sva,
      regs_27_sva, regs_30_sva, MAC_mux1h_25_nl);

  function automatic [15:0] MUX1HOT_v_16_6_2;
    input [15:0] input_5;
    input [15:0] input_4;
    input [15:0] input_3;
    input [15:0] input_2;
    input [15:0] input_1;
    input [15:0] input_0;
    input [5:0] sel;
    reg [15:0] result;
  begin
    result = input_0 & {16{sel[0]}};
    result = result | ( input_1 & {16{sel[1]}});
    result = result | ( input_2 & {16{sel[2]}});
    result = result | ( input_3 & {16{sel[3]}});
    result = result | ( input_4 & {16{sel[4]}});
    result = result | ( input_5 & {16{sel[5]}});
    MUX1HOT_v_16_6_2 = result;
  end
  endfunction


  function automatic [29:0] MUX1HOT_v_30_5_2;
    input [29:0] input_4;
    input [29:0] input_3;
    input [29:0] input_2;
    input [29:0] input_1;
    input [29:0] input_0;
    input [4:0] sel;
    reg [29:0] result;
  begin
    result = input_0 & {30{sel[0]}};
    result = result | ( input_1 & {30{sel[1]}});
    result = result | ( input_2 & {30{sel[2]}});
    result = result | ( input_3 & {30{sel[3]}});
    result = result | ( input_4 & {30{sel[4]}});
    MUX1HOT_v_30_5_2 = result;
  end
  endfunction


  function automatic [29:0] MUX1HOT_v_30_6_2;
    input [29:0] input_5;
    input [29:0] input_4;
    input [29:0] input_3;
    input [29:0] input_2;
    input [29:0] input_1;
    input [29:0] input_0;
    input [5:0] sel;
    reg [29:0] result;
  begin
    result = input_0 & {30{sel[0]}};
    result = result | ( input_1 & {30{sel[1]}});
    result = result | ( input_2 & {30{sel[2]}});
    result = result | ( input_3 & {30{sel[3]}});
    result = result | ( input_4 & {30{sel[4]}});
    result = result | ( input_5 & {30{sel[5]}});
    MUX1HOT_v_30_6_2 = result;
  end
  endfunction


  function automatic [4:0] MUX1HOT_v_5_11_2;
    input [4:0] input_10;
    input [4:0] input_9;
    input [4:0] input_8;
    input [4:0] input_7;
    input [4:0] input_6;
    input [4:0] input_5;
    input [4:0] input_4;
    input [4:0] input_3;
    input [4:0] input_2;
    input [4:0] input_1;
    input [4:0] input_0;
    input [10:0] sel;
    reg [4:0] result;
  begin
    result = input_0 & {5{sel[0]}};
    result = result | ( input_1 & {5{sel[1]}});
    result = result | ( input_2 & {5{sel[2]}});
    result = result | ( input_3 & {5{sel[3]}});
    result = result | ( input_4 & {5{sel[4]}});
    result = result | ( input_5 & {5{sel[5]}});
    result = result | ( input_6 & {5{sel[6]}});
    result = result | ( input_7 & {5{sel[7]}});
    result = result | ( input_8 & {5{sel[8]}});
    result = result | ( input_9 & {5{sel[9]}});
    result = result | ( input_10 & {5{sel[10]}});
    MUX1HOT_v_5_11_2 = result;
  end
  endfunction


  function automatic [4:0] MUX1HOT_v_5_3_2;
    input [4:0] input_2;
    input [4:0] input_1;
    input [4:0] input_0;
    input [2:0] sel;
    reg [4:0] result;
  begin
    result = input_0 & {5{sel[0]}};
    result = result | ( input_1 & {5{sel[1]}});
    result = result | ( input_2 & {5{sel[2]}});
    MUX1HOT_v_5_3_2 = result;
  end
  endfunction


  function automatic [15:0] MUX_v_16_27_2x0x1x2x3x5x6x7x8x9x10x11x12x13x14x16x17x18x19x20x21x22x23x24x25;
    input [15:0] input_4;
    input [15:0] input_15;
    input [15:0] input_26;
    input [4:0] sel;
    reg [15:0] result;
  begin
    case (sel)
      5'b00100 : begin
        result = input_4;
      end
      5'b01111 : begin
        result = input_15;
      end
      default : begin
        result = input_26;
      end
    endcase
    MUX_v_16_27_2x0x1x2x3x5x6x7x8x9x10x11x12x13x14x16x17x18x19x20x21x22x23x24x25
        = result;
  end
  endfunction


  function automatic [15:0] MUX_v_16_2_2;
    input [15:0] input_0;
    input [15:0] input_1;
    input [0:0] sel;
    reg [15:0] result;
  begin
    case (sel)
      1'b0 : begin
        result = input_0;
      end
      default : begin
        result = input_1;
      end
    endcase
    MUX_v_16_2_2 = result;
  end
  endfunction


  function automatic [15:0] MUX_v_16_31_2x0x1x2x4x5x6x9x10x11x12x13x15x16x17x20x21x22x23x24x26x27x28;
    input [15:0] input_3;
    input [15:0] input_7;
    input [15:0] input_8;
    input [15:0] input_14;
    input [15:0] input_18;
    input [15:0] input_19;
    input [15:0] input_25;
    input [15:0] input_29;
    input [15:0] input_30;
    input [4:0] sel;
    reg [15:0] result;
  begin
    case (sel)
      5'b00011 : begin
        result = input_3;
      end
      5'b00111 : begin
        result = input_7;
      end
      5'b01000 : begin
        result = input_8;
      end
      5'b01110 : begin
        result = input_14;
      end
      5'b10010 : begin
        result = input_18;
      end
      5'b10011 : begin
        result = input_19;
      end
      5'b11001 : begin
        result = input_25;
      end
      5'b11101 : begin
        result = input_29;
      end
      default : begin
        result = input_30;
      end
    endcase
    MUX_v_16_31_2x0x1x2x4x5x6x9x10x11x12x13x15x16x17x20x21x22x23x24x26x27x28 = result;
  end
  endfunction


  function automatic [15:0] MUX_v_16_32_2x1x2x3x4x5x7x8x10x12x13x14x15x16x18x19x21x23x24x25x26x27x29x30;
    input [15:0] input_0;
    input [15:0] input_6;
    input [15:0] input_9;
    input [15:0] input_11;
    input [15:0] input_17;
    input [15:0] input_20;
    input [15:0] input_22;
    input [15:0] input_28;
    input [15:0] input_31;
    input [4:0] sel;
    reg [15:0] result;
  begin
    case (sel)
      5'b00000 : begin
        result = input_0;
      end
      5'b00110 : begin
        result = input_6;
      end
      5'b01001 : begin
        result = input_9;
      end
      5'b01011 : begin
        result = input_11;
      end
      5'b10001 : begin
        result = input_17;
      end
      5'b10100 : begin
        result = input_20;
      end
      5'b10110 : begin
        result = input_22;
      end
      5'b11100 : begin
        result = input_28;
      end
      default : begin
        result = input_31;
      end
    endcase
    MUX_v_16_32_2x1x2x3x4x5x7x8x10x12x13x14x15x16x18x19x21x23x24x25x26x27x29x30 =
        result;
  end
  endfunction


  function automatic [29:0] MUX_v_30_2_2;
    input [29:0] input_0;
    input [29:0] input_1;
    input [0:0] sel;
    reg [29:0] result;
  begin
    case (sel)
      1'b0 : begin
        result = input_0;
      end
      default : begin
        result = input_1;
      end
    endcase
    MUX_v_30_2_2 = result;
  end
  endfunction


  function automatic [2:0] MUX_v_3_2_2;
    input [2:0] input_0;
    input [2:0] input_1;
    input [0:0] sel;
    reg [2:0] result;
  begin
    case (sel)
      1'b0 : begin
        result = input_0;
      end
      default : begin
        result = input_1;
      end
    endcase
    MUX_v_3_2_2 = result;
  end
  endfunction


  function automatic [4:0] MUX_v_5_2_2;
    input [4:0] input_0;
    input [4:0] input_1;
    input [0:0] sel;
    reg [4:0] result;
  begin
    case (sel)
      1'b0 : begin
        result = input_0;
      end
      default : begin
        result = input_1;
      end
    endcase
    MUX_v_5_2_2 = result;
  end
  endfunction


  function automatic [5:0] conv_u2s_5_6 ;
    input [4:0]  vector ;
  begin
    conv_u2s_5_6 =  {1'b0, vector};
  end
  endfunction

endmodule

// ------------------------------------------------------------------
//  Design Unit:    fir
// ------------------------------------------------------------------


module fir (
  clk, rst, coeffs_rsc_radr, coeffs_rsc_q, coeffs_rsc_triosy_lz, in1_rsc_dat, in1_rsc_triosy_lz,
      out1_rsc_dat, out1_rsc_triosy_lz
);
  input clk;
  input rst;
  output [4:0] coeffs_rsc_radr;
  input [15:0] coeffs_rsc_q;
  output coeffs_rsc_triosy_lz;
  input [15:0] in1_rsc_dat;
  output in1_rsc_triosy_lz;
  output [15:0] out1_rsc_dat;
  output out1_rsc_triosy_lz;


  // Interconnect Declarations
  wire [4:0] coeffs_rsci_radr_d;
  wire [15:0] coeffs_rsci_q_d;
  wire coeffs_rsci_rport_r_ram_ir_internal_RMASK_B_d;


  // Interconnect Declarations for Component Instantiations 
  fir_Altera_DIST_DIST_1R1W_RBW_rport_1_16_5_32_32_16_gen coeffs_rsci (
      .q(coeffs_rsc_q),
      .radr(coeffs_rsc_radr),
      .radr_d(coeffs_rsci_radr_d),
      .q_d(coeffs_rsci_q_d),
      .rport_r_ram_ir_internal_RMASK_B_d(coeffs_rsci_rport_r_ram_ir_internal_RMASK_B_d)
    );
  fir_core fir_core_inst (
      .clk(clk),
      .rst(rst),
      .coeffs_rsc_triosy_lz(coeffs_rsc_triosy_lz),
      .in1_rsc_dat(in1_rsc_dat),
      .in1_rsc_triosy_lz(in1_rsc_triosy_lz),
      .out1_rsc_dat(out1_rsc_dat),
      .out1_rsc_triosy_lz(out1_rsc_triosy_lz),
      .coeffs_rsci_radr_d(coeffs_rsci_radr_d),
      .coeffs_rsci_q_d(coeffs_rsci_q_d),
      .coeffs_rsci_rport_r_ram_ir_internal_RMASK_B_d(coeffs_rsci_rport_r_ram_ir_internal_RMASK_B_d)
    );
endmodule